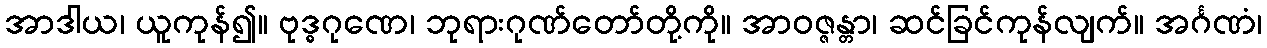
အာဒါယ၊ ယူကုန်၍။ ဗုဒ္ဓဂုဏေ၊ ဘုရားဂုဏ်တော်တို့ကို။ အာဝဇ္ဇန္တာ၊ ဆင်ခြင်ကုန်လျက်။ အင်္ဂဏံ၊